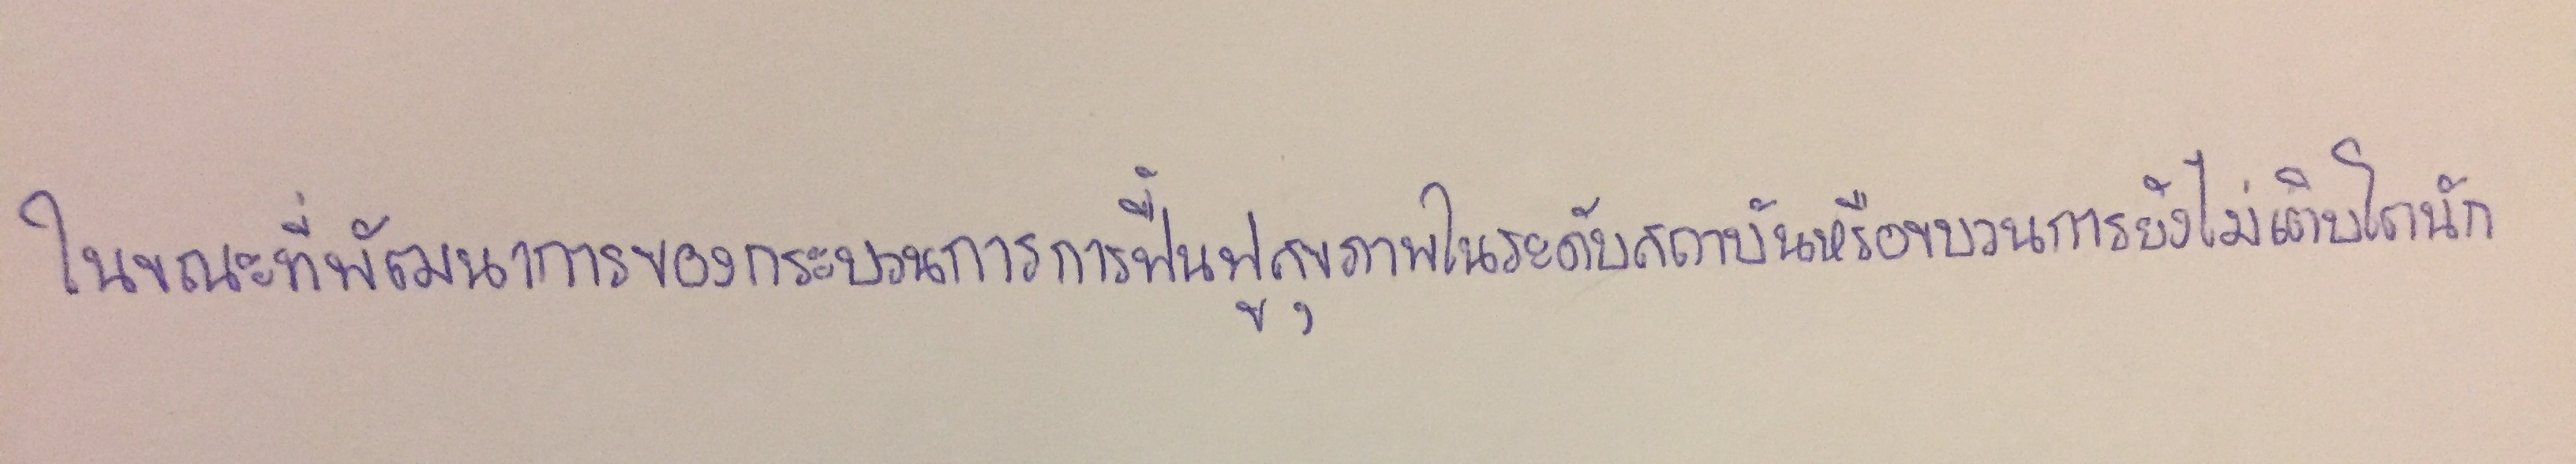
ในขณะที่พัฒนาการของกระบวนการฟื้นฟูสุขภาพในระดับสถาบันหรือขบวนการยังไม่เติบโตนัก